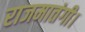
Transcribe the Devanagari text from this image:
राजमातंगी।